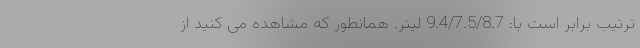
ترتیب برابر است با: 9.4/7.5/8.7 لیتر. همانطور که مشاهده می کنید از